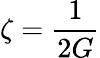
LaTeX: \zeta=\frac{1}{2G}